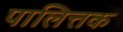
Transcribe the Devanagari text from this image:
पालित्तक